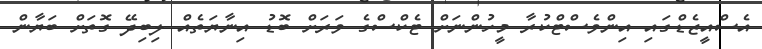
އެސްއީޒެޑްގައި އިންވެސްޓްކުރާ މީހުންނަށް ޓެކްސްގެ ވަރަށް ބޮޑު އިނާޔަތެއް ލިބިދޭ ގޮތަށް ބަޔާން